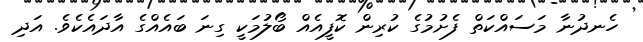
ހެނދުނާ މަސައްކަތް ފެށުމުގެ ކުރިން ކޮފީއެއް ބޯލުމަކީ ގިނަ ބައެއްގެ އާދައެކެވެ. އަދި